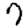
Digit: 7